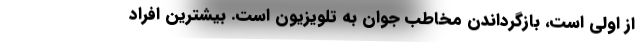
از اولی است، بازگرداندن مخاطب جوان به تلویزیون است. بیشترین افراد